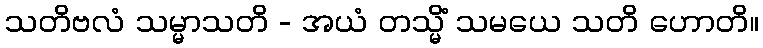
သတိဗလံ သမ္မာသတိ - အယံ တသ္မိံ သမယေ သတိ ဟောတိ။